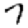
Digit: 7